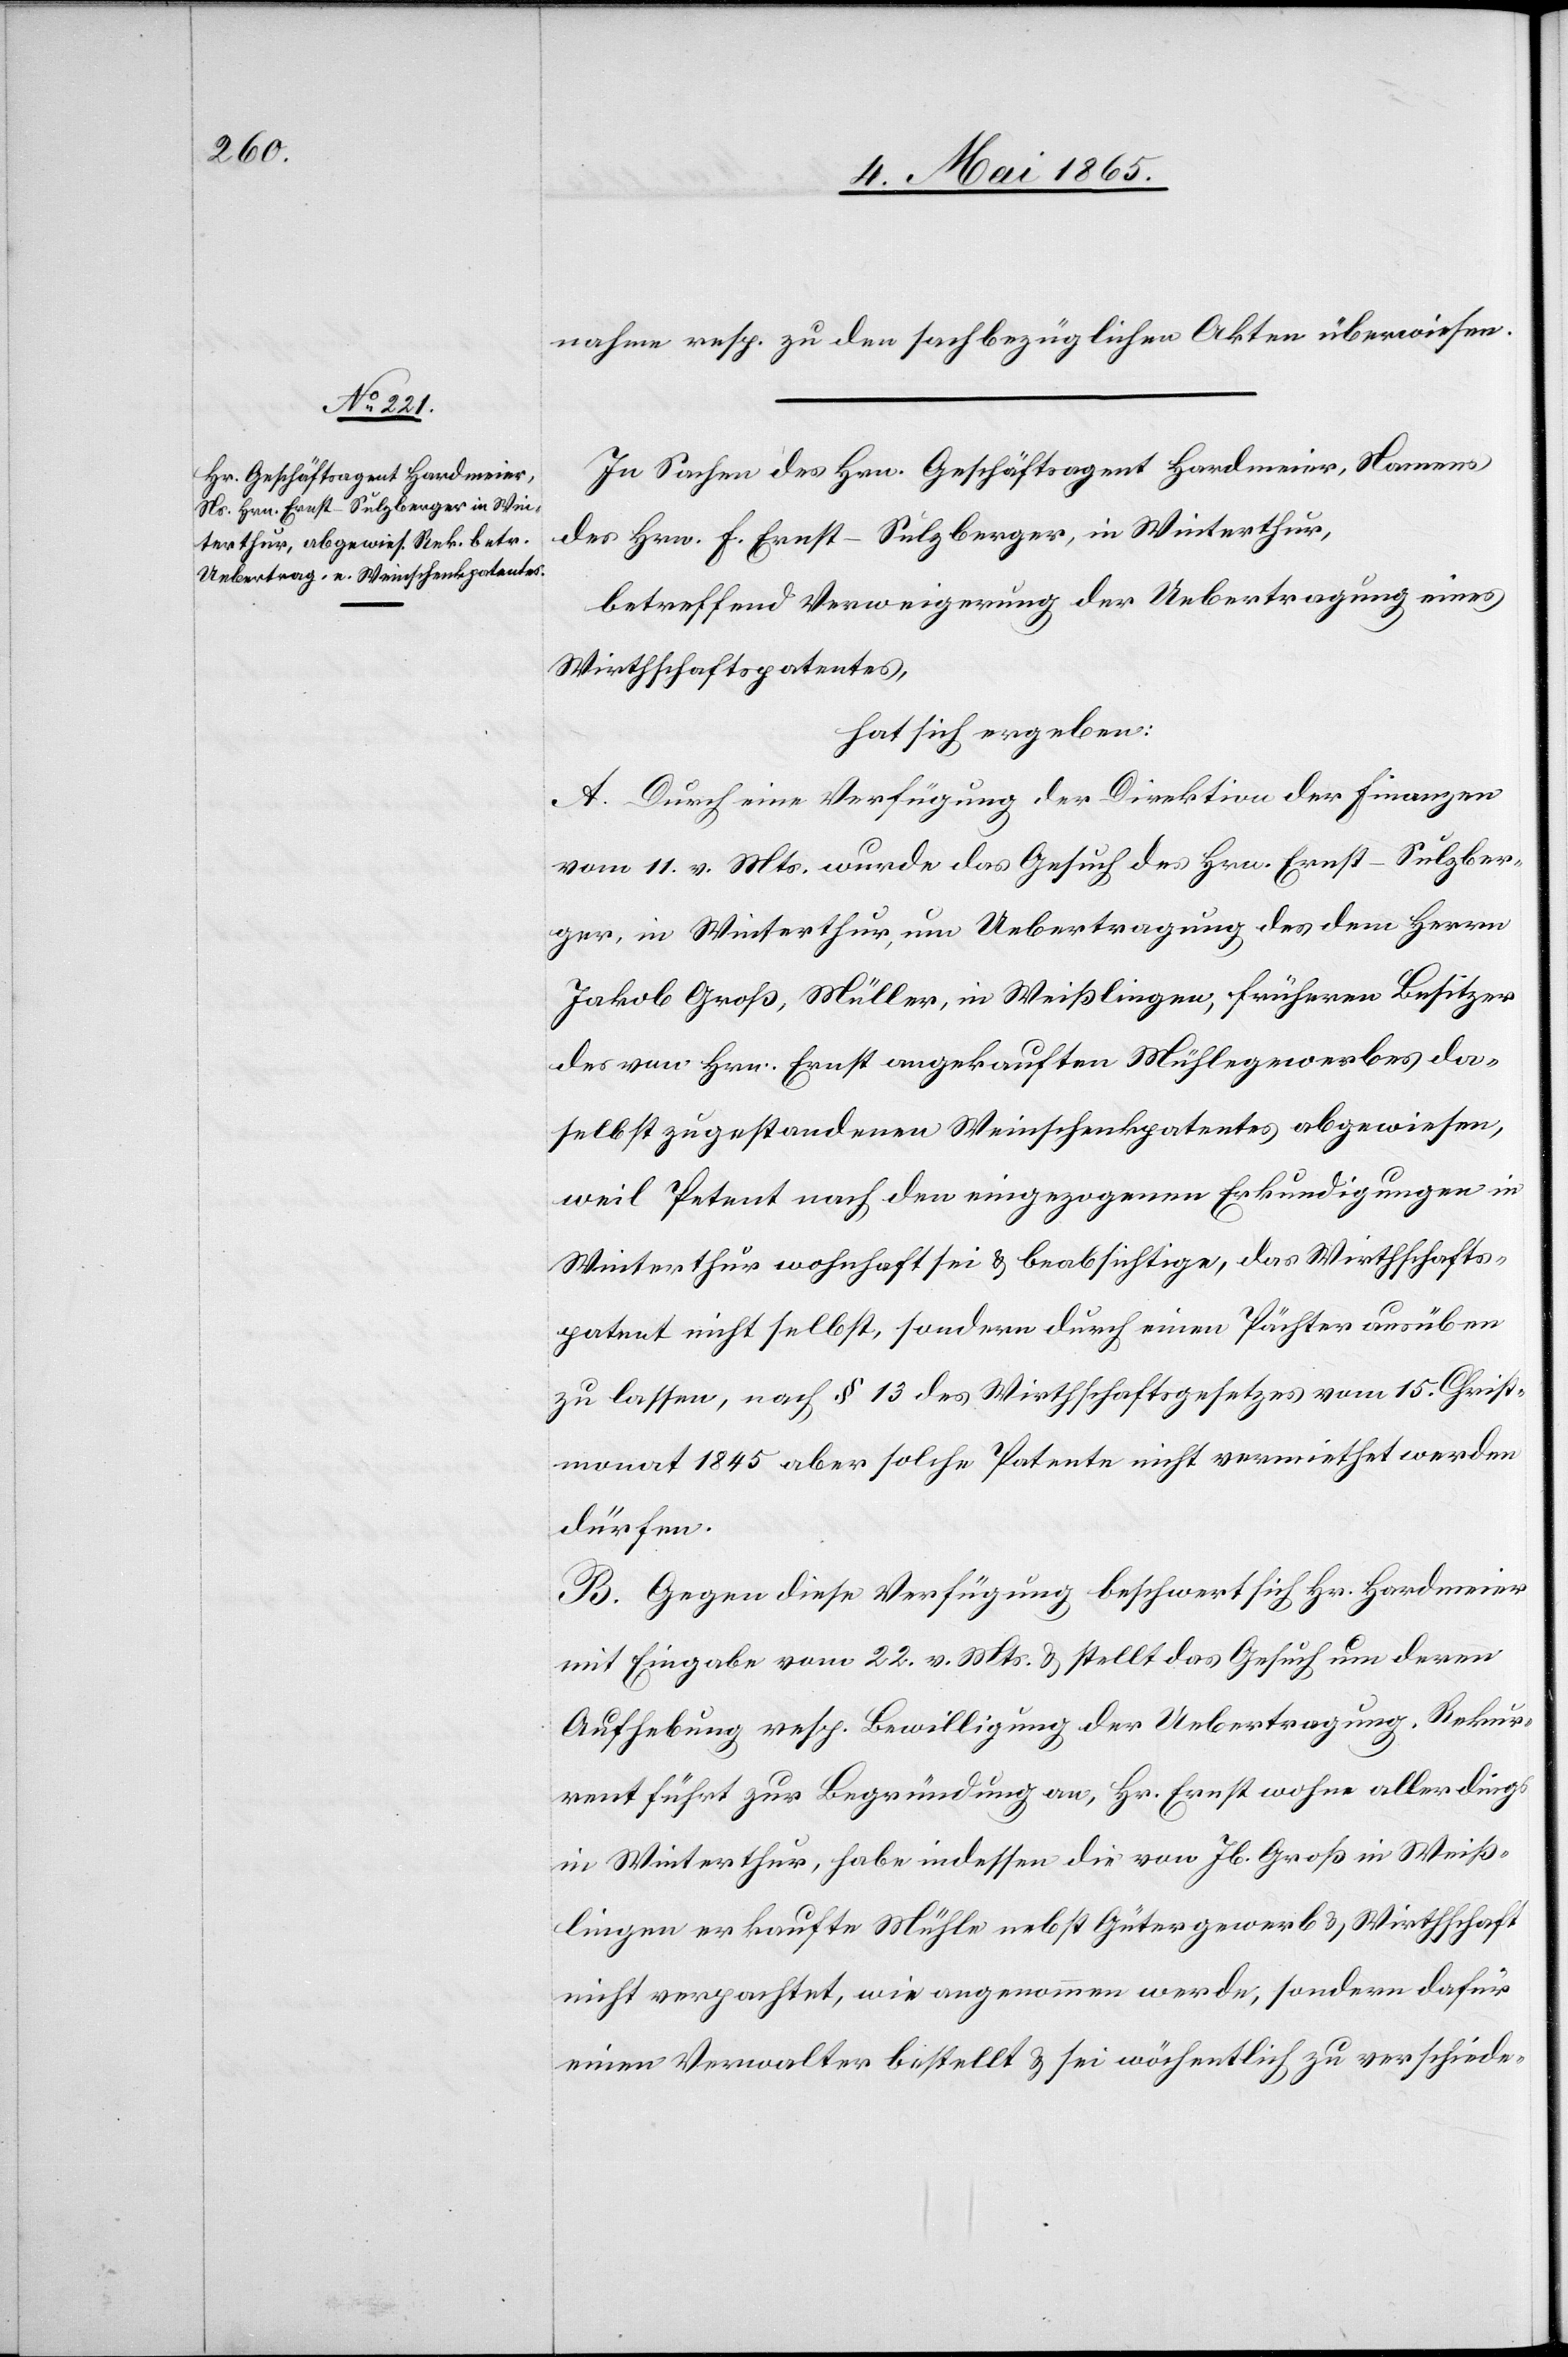
nahme resp. zu den sachbezüglichen Akten überwiesen.